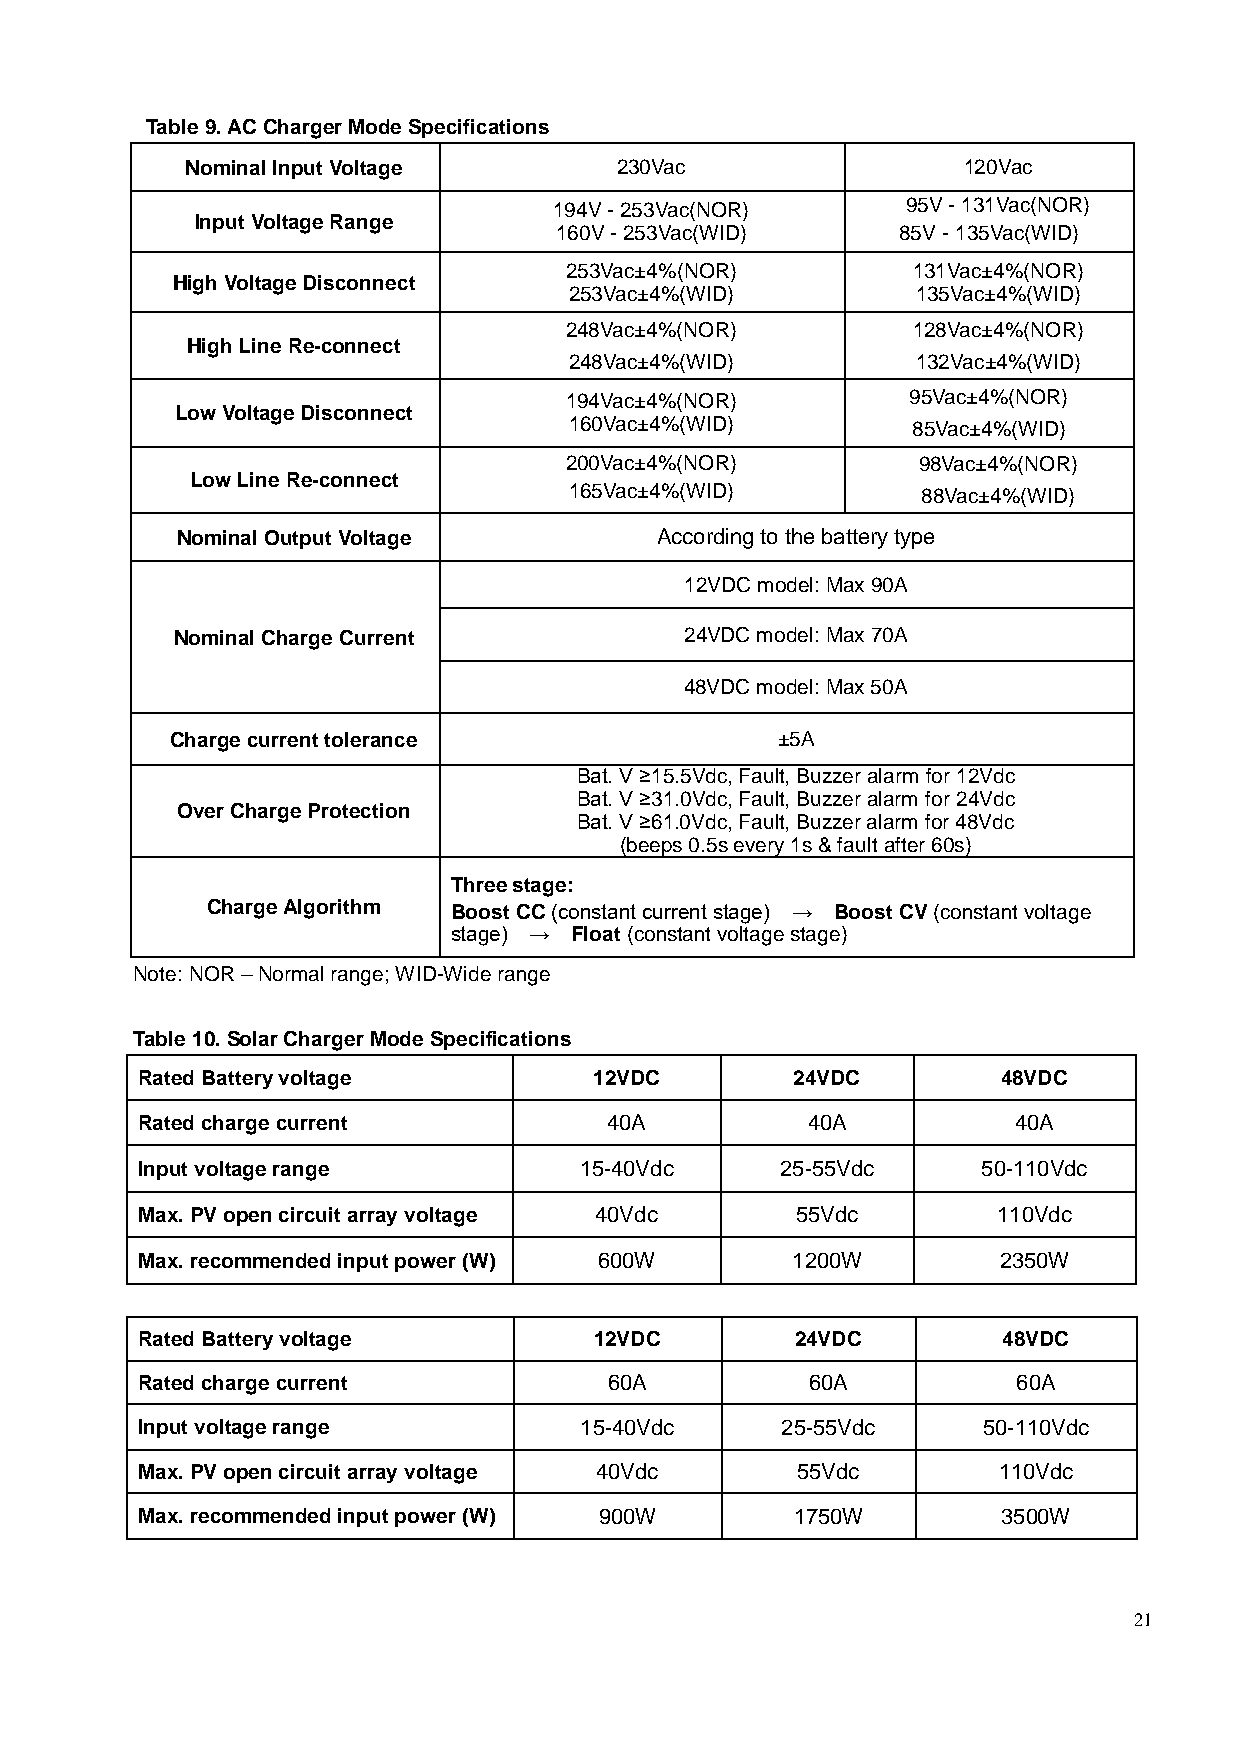
Table 9. AC Charger Mode Specifications
 Nominal Input Voltage        230Vac                 120Vac
 194V - 253Vac(NOR)     95V - 131Vac(NOR)
 Input Voltage Range
 160V - 253Vac(WID)     85V - 135Vac(WID)
 253Vac±4%(NOR)         131Vac±4%(NOR)
 High Voltage Disconnect
 253Vac±4%(WID)         135Vac±4%(WID)
 248Vac±4%(NOR)         128Vac±4%(NOR)
 High Line Re-connect
 248Vac±4%(WID)         132Vac±4%(WID)
 194Vac±4%(NOR)         95Vac±4%(NOR)
 Low Voltage Disconnect
 160Vac±4%(WID)        85Vac±4%(WID)
 200Vac±4%(NOR)          98Vac±4%(NOR)
 Low Line Re-connect
 165Vac±4%(WID)         88Vac±4%(WID)
 Nominal Output Voltage         According to the battery type
 12VDC model: Max 90A
 Nominal Charge Current           24VDC model: Max 70A
 48VDC model: Max 50A
 Charge current tolerance                ±5A
 Bat. V ≥15.5Vdc, Fault, Buzzer alarm for 12Vdc
 Bat. V ≥31.0Vdc, Fault, Buzzer alarm for 24Vdc
 Over Charge Protection
 Bat. V ≥61.0Vdc, Fault, Buzzer alarm for 48Vdc
 (beeps 0.5s every 1s & fault after 60s)
 Three stage:
 Charge Algorithm Boost CC (constant current stage) → Boost CV (constant voltage
 stage) → Float (constant voltage stage)
 Note: NOR – Normal range; WID-Wide range
 Table 10. Solar Charger Mode Specifications
 Rated Battery voltage         12VDC        24VDC         48VDC
 Rated charge current           40A          40A           40A
 Input voltage range          15-40Vdc      25-55Vdc     50-110Vdc
 Max. PV open circuit array voltage 40Vdc    55Vdc        110Vdc
 Max. recommended input power (W) 600W      1200W         2350W
 Rated Battery voltage         12VDC         24VDC        48VDC
 Rated charge current           60A           60A          60A
 Input voltage range          15-40Vdc      25-55Vdc     50-110Vdc
 Max. PV open circuit array voltage 40Vdc    55Vdc        110Vdc
 Max. recommended input power (W) 900W       1750W        3500W
 21